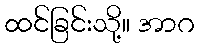
ထင်ခြင်းသို့။ အာဂ